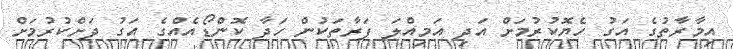
އިމާރާތުގެ އަގު ހެޔޮކުރުމަށް އަދި އަމިއްލަ ފަރާތަކުން ހަދާ ކޮންޑޯއެއްގެ އަގު ދަށްކުރުމަށް